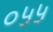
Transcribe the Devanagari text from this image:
०५५